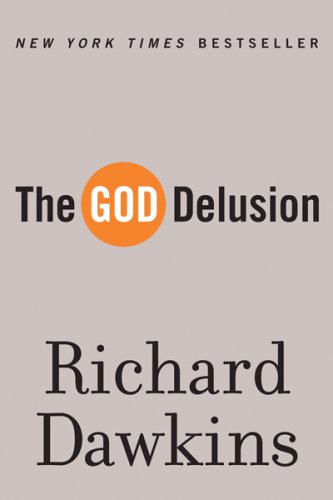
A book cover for The God Delusion; Richard Dawkins; Science & Math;